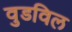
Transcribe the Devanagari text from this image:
वुडविल